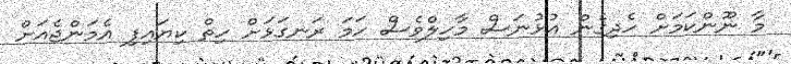
މާ ނޫންކަމަށް ހެދިގެން އުޅުނަސް މާހިލްވެސް ހަމަ ރަނގަޅަށް ހިތް ކިޔައިފި އެމަންޖެއަށް